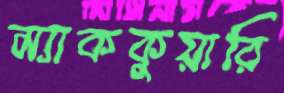
ম্যাককুয়ারি